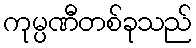
ကုမ္ပဏီတစ်ခုသည်